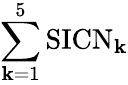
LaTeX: \sum_{\mathbf{k}=1}^{5}\mathrm{{SICN}}_{\mathbf{k}}